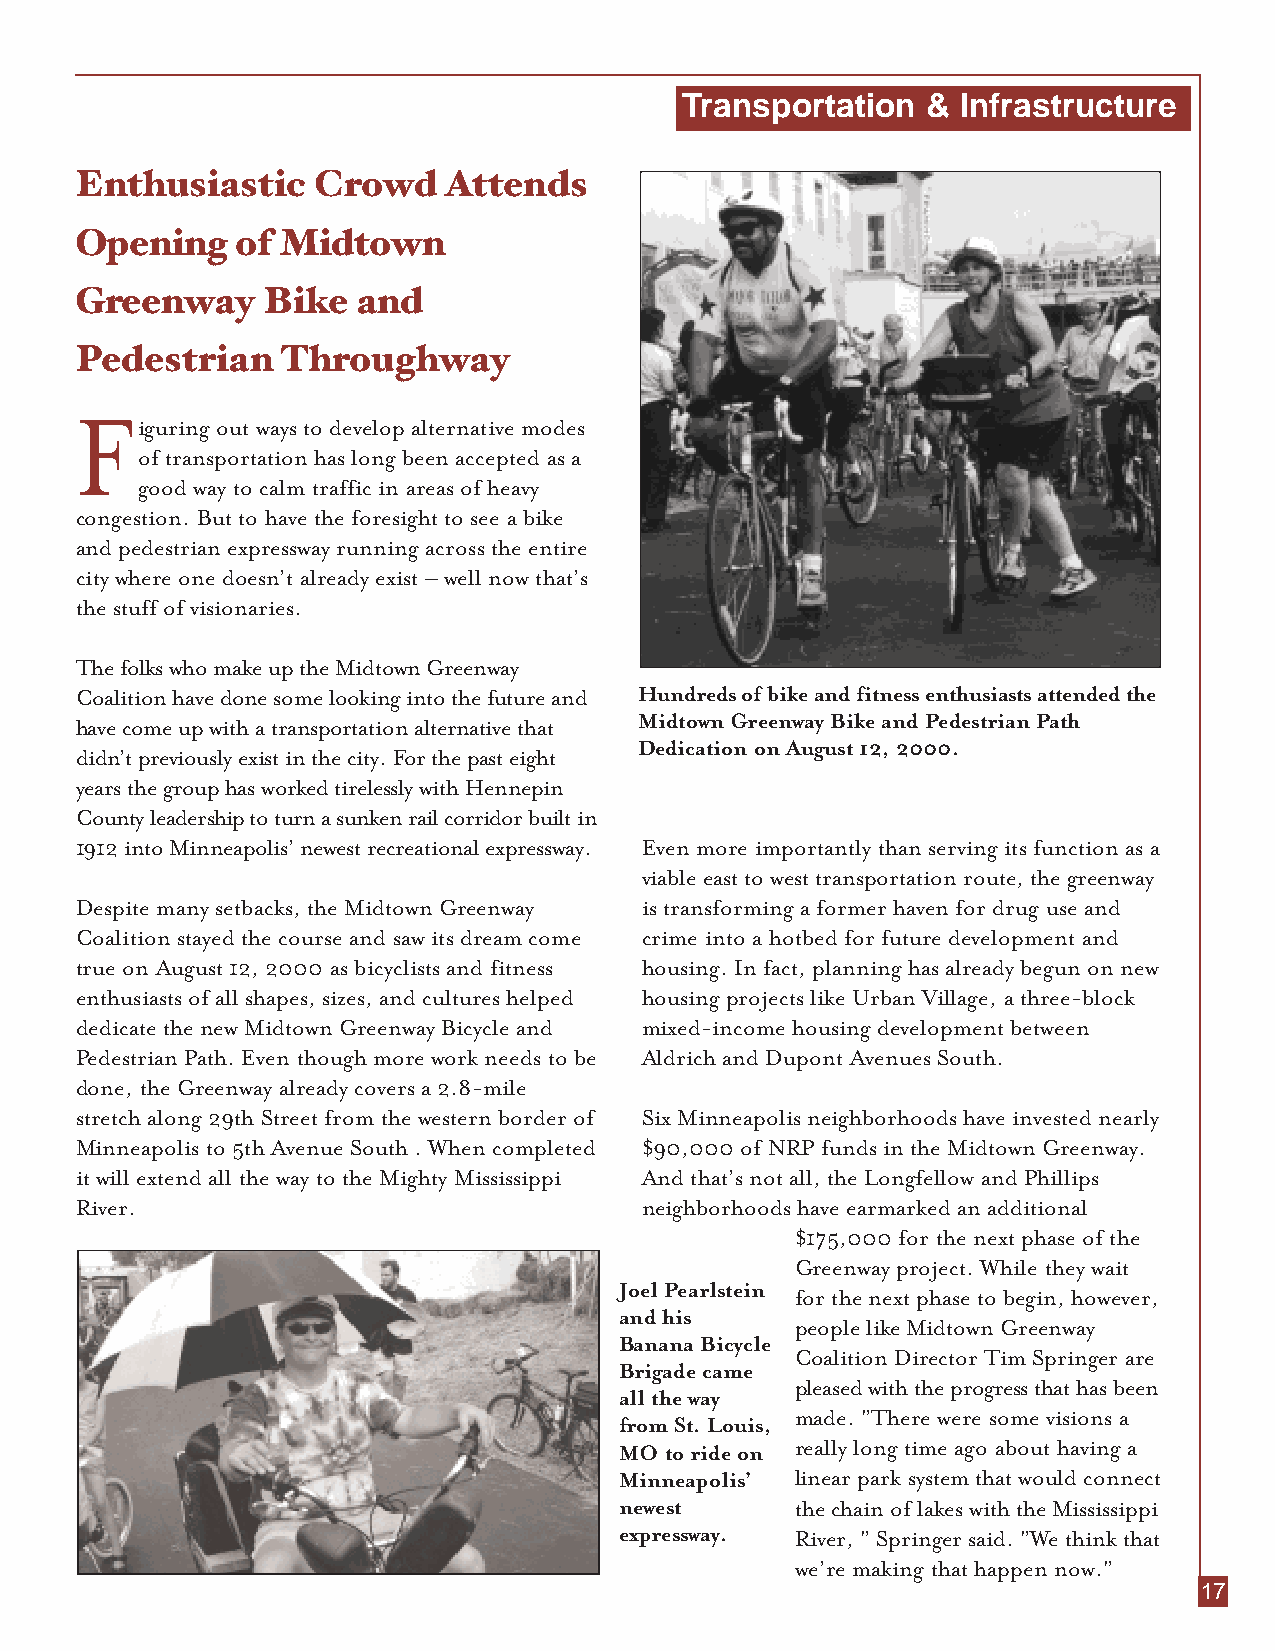
Transportation  &  Infrastructure
 Enthusiastic    Crowd   Attends
 Opening    of Midtown
 Greenway    Bike   and
 Pedestrian    Throughway
 Figuring out ways to develop alternative modes
 of transportation has long been accepted as a
 good way to calm traffic in areas of heavy
 congestion. But to have the foresight to see a bike
 and pedestrian expressway running across the entire
 city where one doesn’t already exist – well now that’s
 the stuff of visionaries.
 The folks who make up the Midtown Greenway
 Coalition have done some looking into the future and Hundreds of bike and fitness enthusiasts attended the
 Midtown Greenway Bike and Pedestrian Path
 have come up with a transportation alternative that
 Dedication on August 12, 2000.
 didn’t previously exist in the city. For the past eight
 years the group has worked tirelessly with Hennepin
 County leadership to turn a sunken rail corridor built in
 1912 into Minneapolis’ newest recreational expressway. Even more importantly than serving its function as a
 viable east to west transportation route, the greenway
 Despite many setbacks, the Midtown Greenway is transforming a former haven for drug use and
 Coalition stayed the course and saw its dream come crime into a hotbed for future development and
 true on August 12, 2000 as bicyclists and fitness housing. In fact, planning has already begun on new
 enthusiasts of all shapes, sizes, and cultures helped housing projects like Urban Village, a three-block
 dedicate the new Midtown Greenway Bicycle and mixed-income housing development between
 Pedestrian Path. Even though more work needs to be Aldrich and Dupont Avenues South.
 done, the Greenway already covers a 2.8-mile
 stretch along 29th Street from the western border of Six Minneapolis neighborhoods have invested nearly
 Minneapolis to 5th Avenue South . When completed $90,000 of NRP funds in the Midtown Greenway.
 it will extend all the way to the Mighty Mississippi And that’s not all, the Longfellow and Phillips
 River.                               neighborhoods have earmarked an additional
 $175,000 for the next phase of the
 Greenway project. While they wait
 Joel Pearlstein
 for the next phase tobegin, however,
 and his
 people like Midtown Greenway
 Banana Bicycle
 Coalition Director Tim Springer are
 Brigade came
 pleased with the progress that has been
 all the way
 made. "There were some visions a
 fromSt. Louis,
 MO to ride on really long time ago about having a
 Minneapolis’ linear park system that would connect
 newest      the chain of lakes with the Mississippi
 expressway. River, " Springer said. "We think that
 we’re making that happen now."
 17